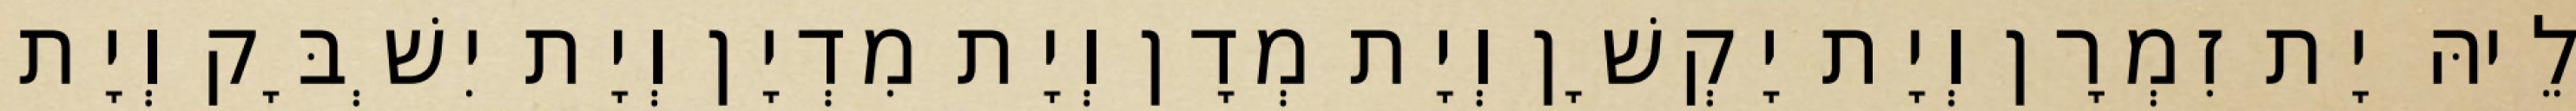
לֵיהּ יָת זִמְרָן וְיָת יָקְשָׁן וְיָת מְדָן וְיָת מִדְיָן וְיָת יִשְׁבָּק וְיָת